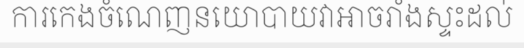
ការកេងចំណេញនយោបាយវាអាចរាំងស្ទះដល់